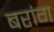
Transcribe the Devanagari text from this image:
बरांग